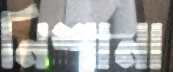
নিশানা